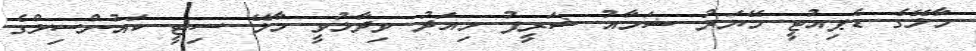
މާލޭގެ ޑެޕިއުޓީ މޭޔަރު ޝަމާއު ޝަރީފު މިއަދު ވިދާޅުވީ މާލޭ ސިޓީ ކައުންސިލްގެ